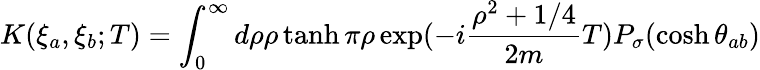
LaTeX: K(\xi_{a},\xi_{b};T)=\int_{0}^{\infty}d\rho\rho\operatorname{tanh}\pi\rho\exp(-i\frac{\rho^{2}+1/4}{2m}T)P_{\sigma}(\cosh\theta_{ab})